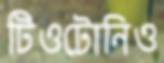
টিওটোনিও